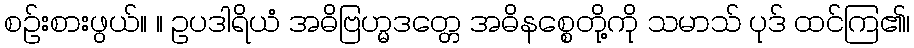
စဉ်းစားဖွယ်။ ။ ဥပဒါရိယံ အဓိဗြဟ္မဒတ္တေ အဓိနစ္စေတို့ကို သမာသ် ပုဒ် ထင်ကြ၏၊